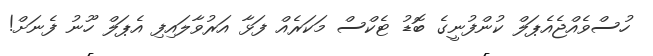
ހުސްވެއްޖެއެޕަލް ކުންފުނީގެ ބޮޑު ޓެކްސް މަކަރެއް ފަޅާ އަރުވާލައިފި އެޕަލް ހޫނު ފެނަށް!